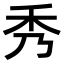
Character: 秀